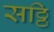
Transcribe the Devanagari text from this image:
सठ्ठि